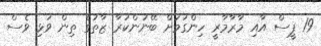
19 ޕީސް އާއި މާރާމާރީ ހިންގުމަށް ބޭނުންކުރާ ޒާތުގެ ތިން ވަޅި ވެސް